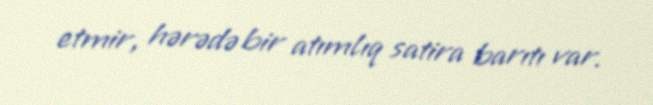
etmir, hərədə bir atımlıq satira barıtı var.